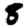
Digit: 8